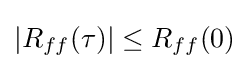
|R_{ff}(\tau )|\leq R_{ff}(0)